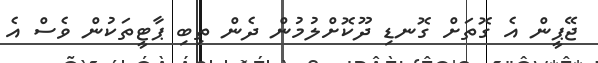
ޖޭޕީން އެ ގޮތަށް ގޮނޑި ދޫކޮށްލުމުން ދެން ތިބި ޕާޓީތަކުން ވެސް އެ